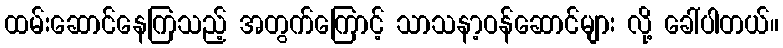
ထမ်းဆောင်နေကြသည့် အတွက်ကြောင့် သာသနာ့ဝန်ဆောင်များ လို့ ခေါ်ပါတယ်။